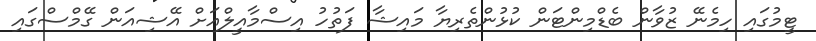
ޓީމުގައި ހިމެނޭ ޒުވާން ބެޑްމިންޓަން ކުޅުންތެރިޔާ މައިޝާ ފަތުހު އިސްމާއީލްއަށް އޭޝިއަން ގޭމްސްގައި